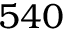
5 4 0